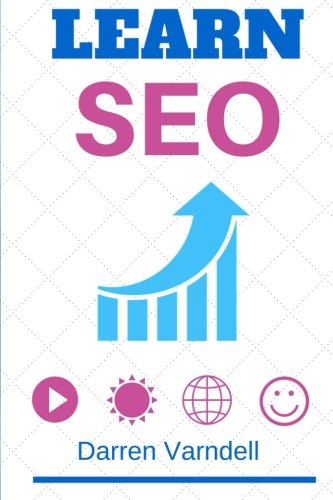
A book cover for Learn SEO: Beginners Guide to Search Engine Optimization (Internet Marketing 2015) (Volume 1); Darren Varndell; Computers & Technology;